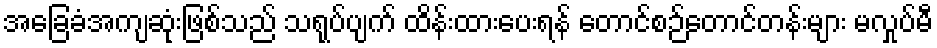
အခြေခံအကျဆုံးဖြစ်သည် သရုပ်ပျက် ထိန်းထားပေးရန် တောင်စဉ်တောင်တန်းများ မလှုပ်မီ